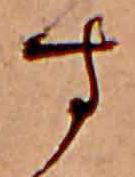
す